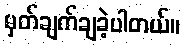
မှတ်ချက်ချခဲ့ပါတယ်။